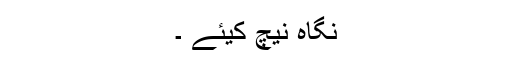
نگاہ نیچ کیئے ۔